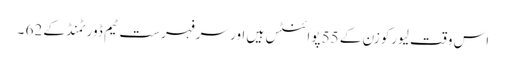
اس وقت لیورکوزن کے 55 پوائنٹس ہیں اور سرفہرست ٹیم ڈورٹمنڈ کے 62 ۔